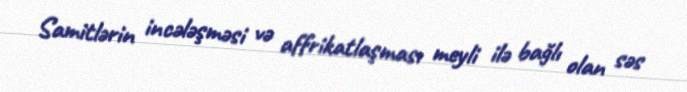
Samitlərin incələşməsi və affrikatlaşması meyli ilə bağlı olan səs